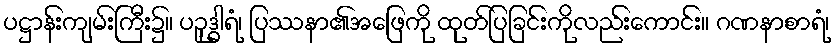
ပဋ္ဌာန်းကျမ်းကြီး၌။ ပဉှုဒ္ဓါရံ၊ ပြဿနာ၏အဖြေကို ထုတ်ပြခြင်းကိုလည်းကောင်း။ ဂဏနာစာရံ၊